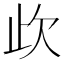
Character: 𣢃